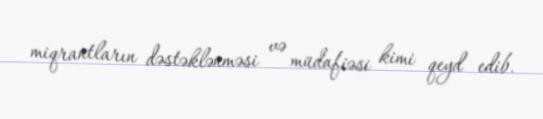
miqrantların dəstəklənməsi və müdafiəsi kimi qeyd edib.